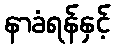
နာခံရန်နှင့်